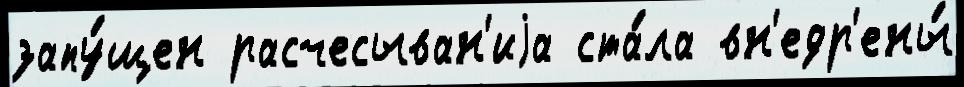
запу́щен расчесыван'иjа ста́ла вн'едр'ены́